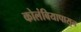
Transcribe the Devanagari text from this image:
कोलंबियापासून